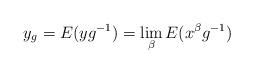
LaTeX: \begin{align*}y_g=E(yg^{-1})=\lim_\beta E(x^\beta g^{-1})\end{align*}